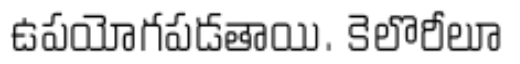
ఉపయోగపడతాయి. కెలొరీలూ